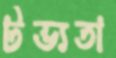
টভ্যতা